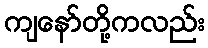
ကျနော်တို့ကလည်း